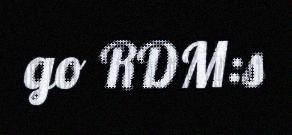
go RDM:s